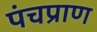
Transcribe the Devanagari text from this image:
पंचप्राण